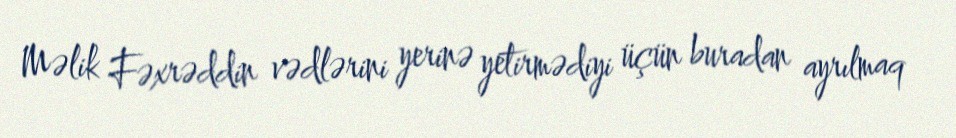
Məlik Fəxrəddin vədlərini yerinə yetirmədiyi üçün buradan ayrılmaq